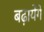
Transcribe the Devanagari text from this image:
बढ़ायेंगे